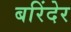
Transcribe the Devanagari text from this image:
बरिंदेर